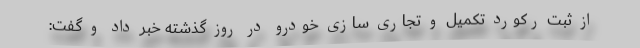
از ثبت رکورد تکمیل و تجاری سازی خودرو در روز گذشته خبر داد و گفت: